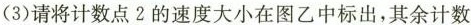
(3)请将计数点2的速度大小在图乙中标出，其余计数